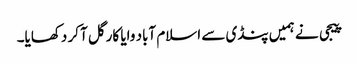
پیجی نے ہمیں پنڈی سے اسلام آباد وایا کارگل آ کر دکھایا۔